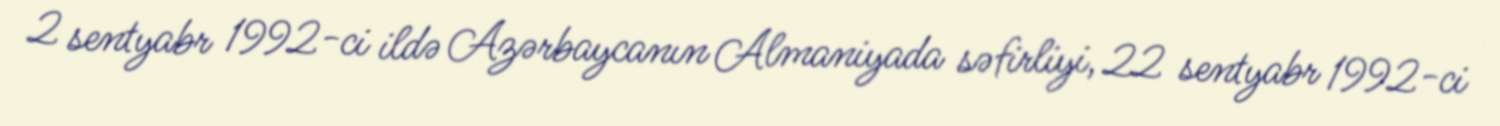
2 sentyabr 1992-ci ildə Azərbaycanın Almaniyada səfirliyi, 22 sentyabr 1992-ci